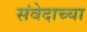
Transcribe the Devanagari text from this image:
संवेदाच्या